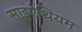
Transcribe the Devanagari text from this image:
साइऐथियम